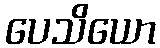
ပေသိယော